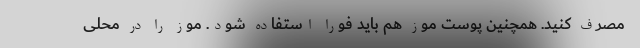
مصرف کنید. همچنین پوست موز هم باید فورا استفاده شود. موز را در محلی